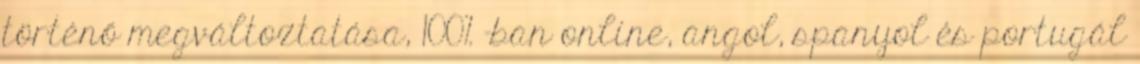
történő megváltoztatása, 100% -ban online, angol, spanyol és portugál